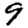
Digit: 9